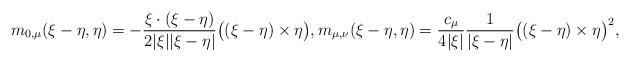
LaTeX: \begin{align*}m_{0,\mu}(\xi - \eta, \eta) = -\frac{\xi \cdot (\xi-\eta)}{2 |\xi||\xi-\eta|} \big( (\xi - \eta) \times \eta \big),m_{\mu, \nu} (\xi - \eta, \eta) = \frac{c_{\mu}}{4 | \xi |} \frac{1}{|\xi - \eta|} \big( (\xi - \eta) \times \eta \big)^{2},\end{align*}